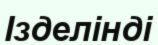
Ізделінді